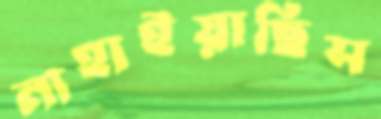
নাহাইয়াছিস